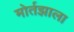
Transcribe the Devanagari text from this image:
मोर्तझाला